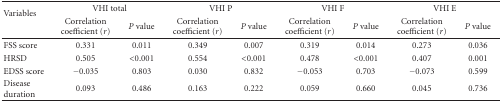
| <ROWSPAN=2> Variables | <COLSPAN=2> VHI total | <COLSPAN=2> VHI P | <COLSPAN=2> VHI F | <COLSPAN=2> VHI E |
 | Correlation coefficient (r) | P value | Correlation coefficient (r) | P value | Correlation coefficient (r) | P value | Correlation coefficient (r) | P value |
 | --- | --- | --- | --- | --- | --- | --- | --- | --- |
 | FSS score | 0.331 | 0.011 | 0.349 | 0.007 | 0.319 | 0.014 | 0.273 | 0.036 |
 | HRSD | 0.505 | <0.001 | 0.554 | <0.001 | 0.478 | <0.001 | 0.407 | 0.001 |
 | EDSS score | −0.035 | 0.803 | 0.030 | 0.832 | −0.053 | 0.703 | −0.073 | 0.599 |
 | Disease duration | 0.093 | 0.486 | 0.163 | 0.222 | 0.059 | 0.660 | 0.045 | 0.736 |